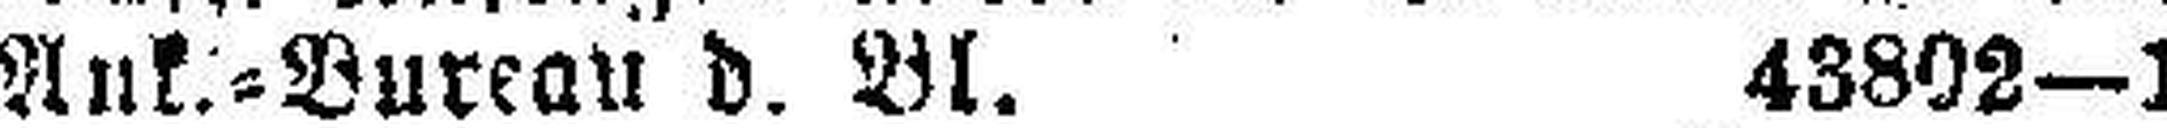
Ank.=Bureau d. Bl. 43802—1